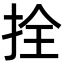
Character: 拴